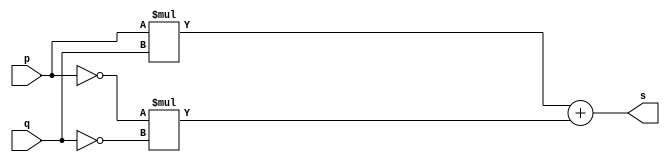
// --------------------- 
// Exercicio0007 - XNOR 
// Nome: Marcio Enio G Dutra Junior 
// --------------------- 
 
// --------------------- 
// -- xnor gate 
// --------------------- 
 
module xnorgate (output s, input p, input q); 
	assign s = (p*q)+((~p)*(~q)); 
endmodule // xor 
 
// --------------------- 
// -- test xnorgate 
// --------------------- 
module testxnorgate; 
// ------------------------- dados locais 
   reg   a,b; // definir registrador 
   wire  s;    // definir conexao (fio) 
// ------------------------- instancia 
   xnorgate XNOR1 (s, a, b); 
 
// ------------------------- preparacao 
   initial begin:start 
            a=0;
            b=0; 
   end 
 
// ------------------------- parte principal 
   initial begin:main 
         $display("Exercicio0007 - Marcio Enio G Dutra Junior - 441698"); 
         $display("Test xnor gate"); 
         $display("\na*b+(~a)*(~b)  =  s\n"); 
 	#1    $monitor("%b*%b+(~%b)*(~%b)  =  %b", a, b, a, b, s); 
	#1		a=0; b=1;
 	#1    a=1; b=0;
 	#1    a=1; b=1;

 
 end 
 
endmodule // testxnorgate